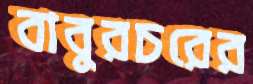
বাবুরচরের